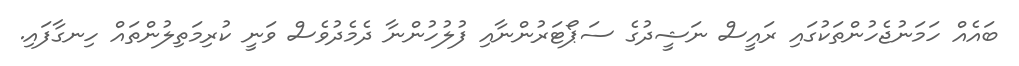
ބައެއް ހަމަނުޖެހުންތަކުގައި ރައީސް ނަޝީދުގެ ސަޕޯޓަރުންނާއި ފުލުހުންނާ ދެމެދުވެސް ވަނީ ކުރިމަތިލުންތައް ހިނގާފައި.